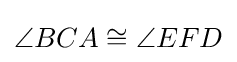
\angle BCA\cong \angle EFD